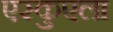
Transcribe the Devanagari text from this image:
एस्कुएला